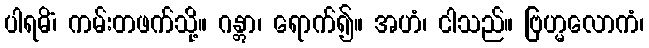
ပါရမိံ၊ ကမ်းတဖက်သို့။ ဂန္တွာ၊ ရောက်၍။ အဟံ၊ ငါသည်။ ဗြဟ္မလောကံ၊